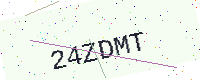
Text: 24ZDMT